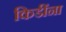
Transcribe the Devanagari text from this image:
किडींना